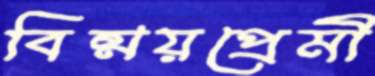
বিষ্ময়প্রেমী